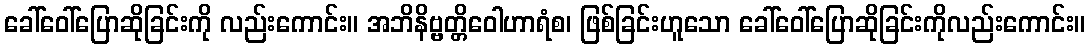
ခေါ်ဝေါ်ပြောဆိုခြင်းကို လည်းကောင်း။ အဘိနိဗ္ဗတ္တိဝေါဟာရံစ၊ ဖြစ်ခြင်းဟူသော ခေါ်ဝေါ်ပြောဆိုခြင်းကိုလည်းကောင်း။